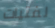
لفتيات